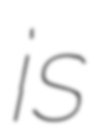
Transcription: is